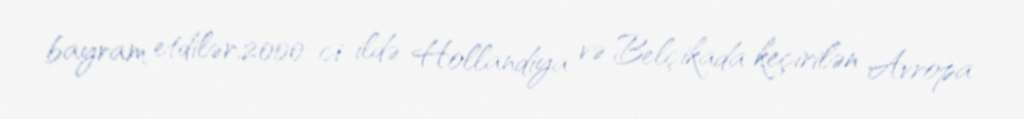
bayram etdilər.2000-ci ildə Hollandiya və Belçikada keçirilən Avropa